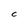
Character: C